Indian journal of veterinary science and animal husbandry - Volume 4,
Year: 1934
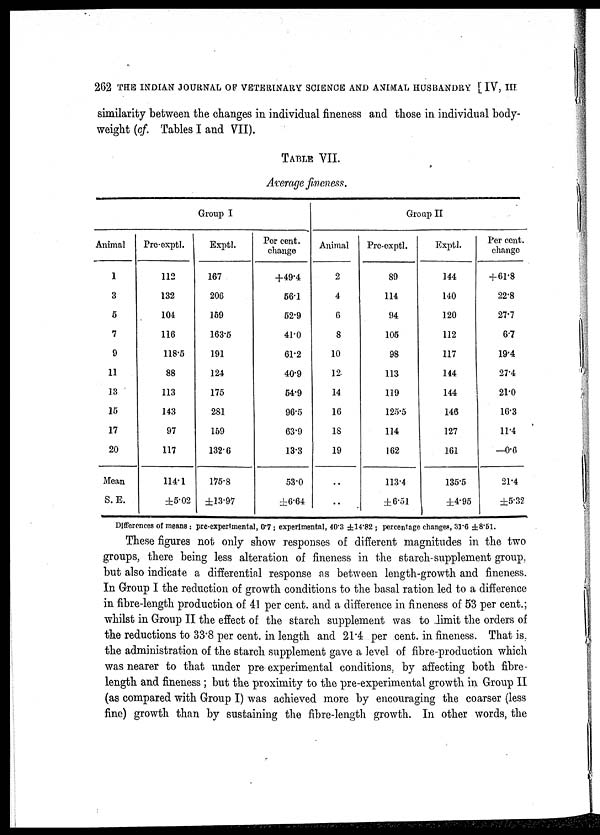
262 THE INDIAN JOURNAL OF VETERINARY SCIENCE AND ANIMAL HUSBANDRY [IV, III
similarity between the changes in individual fineness and those in individual body-
weight (of. Tables I and VII).
TABLE VII.
Average fineness.
Group I
Animal
1
3
5
7
9
11
13
15
17
20
Mean
S. E.
Pre-exptl.
112
132
104
116
118.5
88
113
143
97
117
114.1
±5.02
Exptl.
167
206
159
163.5
191
124
175
281
159
132.6
175.8
±13.97
Per cent.
change
+49.4
56.1
52.9
41.0
61.2
40.9
54.9
96.5
63.9
13.3
53.0
±6.64
Animal
2
4
6
8
10
12
14
16
18
19
..
..
Group II
Pre-exptl.
89
114
94
105
98
113
119
125.5
114
162
113.4
±6.51
Exptl.
144
140
120
112
117
144
144
146
127
161
135.5
±4.95
Per cent.
change
+ 61.8
22.8
27.7
6.7
19.4
27.4
21.0
16.3
11.4
—0.6
21.4
±5.32
Differences of means : pre-experimental, 0.7 ; experimental, 40.3 ±14.82 ; percentage changes, 31.6 ±8.51.
These figures not only show responses of different magnitudes in the two
groups, there being less alteration of fineness in the starch-supplement group,
but also indicate a differential response as between length-growth and fineness.
In Group I the reduction of growth conditions to the basal ration led to a difference
in fibre-length production of 41 per cent. and a difference in fineness of 53 per cent.;
whilst in Group II the effect of the starch supplement was to limit the orders of
the reductions to 33.8 per cent. in length and 21.4 per cent. in fineness. That is
the administration of the starch supplement gave a level of fibre-production which
was nearer to that under pre experimental conditions, by affecting both fibre-
length and fineness ; but the proximity to the pre-experimental growth in Group II
(as compared with Group I) was achieved more by encouraging the coarser (less
fine) growth than by sustaining the fibre-length growth. In other words, the